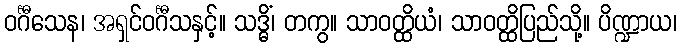
ဝင်္ဂီသေန၊ အရှင်ဝင်္ဂီသနှင့်။ သဒ္ဓိံ၊ တကွ။ သာဝတ္ထိယံ၊ သာဝတ္ထိပြည်သို့။ ပိဏ္ဍာယ၊